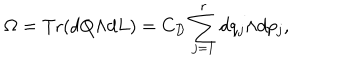
\Omega = \mathrm { T r } ( d Q { \wedge } d L ) = C _ { \cal D } \sum _ { j = 1 } ^ { r } d q _ { j } { \wedge } d p _ { j } ,